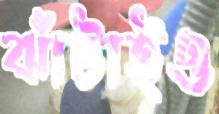
ঝাঁটাইও